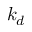
k _ { d }